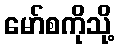
မော်စကိုသို့